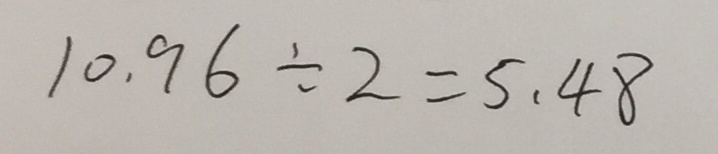
1 0 . 9 6 \div 2 = 5 . 4 8